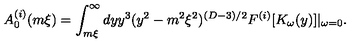
A _ { 0 } ^ { ( i ) } ( m \xi ) = \int _ { m \xi } ^ { \infty } d y y ^ { 3 } ( y ^ { 2 } - m ^ { 2 } \xi ^ { 2 } ) ^ { ( D - 3 ) / 2 } F ^ { ( i ) } [ K _ { \omega } ( y ) ] | _ { \omega = 0 } .